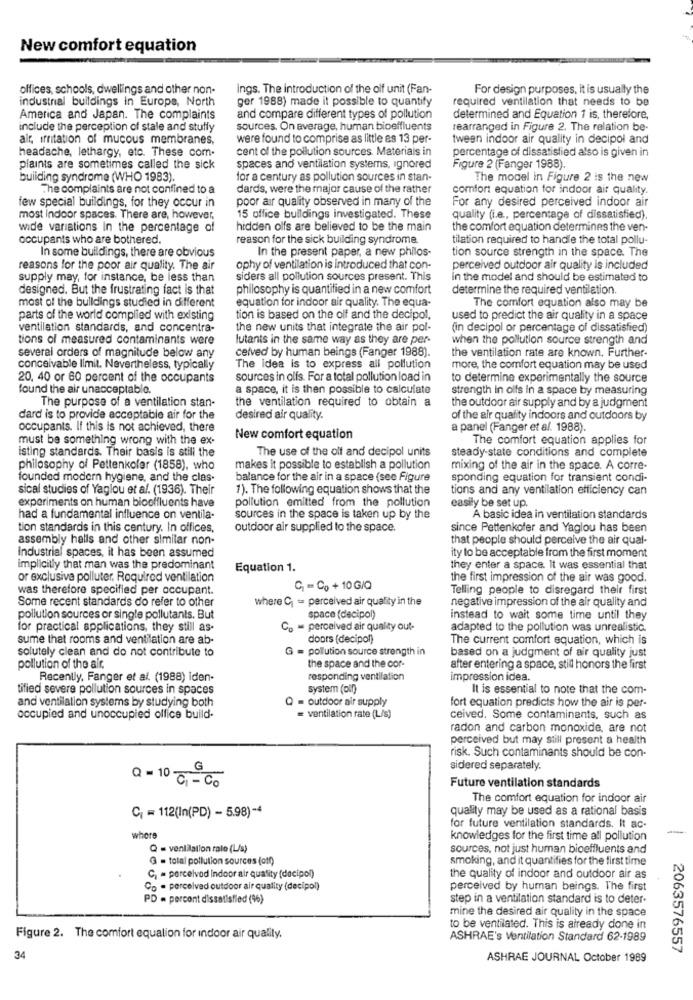
New comfort equation
offices, schools, dwellings and other non-
ings. The introduction of the olf unit (Fan-
For design purposes, it is usually the
industrial buildings in Europe, North
ger 1988) made it possible to quantify
required ventilation that needs to be
America and Japan. The complaints
and compare different types of pollution
determined and Equation 1 is, therefore,
include the perception of stale and stuffy
sources, On average, human bioeffluents
rearranged in Figure 2. The relation be-
air, irritation of mucous membranes,
were found to comprise as little es 13 per-
tween indoor air quality in decipol and
headache, lethargy, etc. These com.
cent of the pollution sources. Materiais in
percentage of dissatisfied also is given in
plaints are sometimes called the sick
spaces and ventilation systems, ignored
Figure 2 (Fanger 1988).
building syndrome (WHO 1983).
for a century as pollution sources in stan-
The model in Figure 2 is the new
The complaints are not confined to a
dards, were the major cause of the rather
comfort equation for indoor air quality.
poor air quality observed in many of the
For any desired perceived indoor air
few special buildings, for they occur in
most indoor spaces. There are, however,
15 office buildings investigated. These
quality (i.e ., percentage of dissatisfied).
wide variations In the percentage of
hidden olfs are believed to be the main
the comfort equation determines the ven-
occupants who are bothered.
reason for the sick building syndrome.
tilation required to handle the total pollu-
In the present paper, a new philos-
tion source strength in the space. The
In some buildings, there are obvious
reasons for the poor air quality. The air
ophy of ventilation is introduced that con-
perceived outdoor air quality is included
supply may, for instance, be less than
siders all pollution sources present. This
In the model and should be estimated to
designed. But the frustrating fact is that
philosophy is quantified in a new comfort
determine the required ventilation.
most of the buildings studied in different
equation for indoor air quality. The equa-
The comfort equation also may be
parts of the world complied with existing
tion is based on the olf and the decipol,
used to predict the air quality in a space
ventilation standards, and concentra-
the new units that integrate the air pol-
(in decipol or percentage of dissatisfied)
tions of measured contaminants were
lutants in the same way as they are per-
when the pollution source strength and
celved by human beings (Fanger 1988).
several orders of magnitude below any
the ventilation rate are known. Further-
conceivable limit. Nevertheless, typically
The idea is to express all pollution
more, the comfort equation may be used
20, 40 or 60 percent of the occupants
sources in olfs. For a total pollution load in
to determine experimentally the source
found the air unacceptable.
a space, it is then possible to calculate
strength in olfs in a space by measuring
The purpose of a ventilation stan-
the ventilation required to obtain a
the outdoor air supply and by a judgment
dard is to provide acceptable air for the
desired air quality.
of the air quality indoors and outdoors by
occupants. If this is not achieved, there
a panel (Fanger et al. 1988).
must be something wrong with the ex-
New comfort equation
The comfort equation applies for
isting standards. Their basis is still the
The use of the olf and decipol units
steady-state conditions and complete
philosophy of Pettenkoler (1858), who
makes it possible to establish a pollution
mixing of the air in the space. A corre-
founded modern hygiene, and the clas-
balance for the air in a space (see Figure
sponding equation for transient condi-
sical studies of Yaglou et al. (1936). Their
1). The following equation shows that the
tions and any ventilation efficiency can
pollution emitted from the pollution
experiments on human bioeffluents have
easily be set up.
had a fundamental influence on ventila-
sources in the space is taken up by the
A basic idea in ventilation standards
tion standards in this century. In offices,
outdoor air supplied to the space.
since Pettenkofer and Yaglou has been
assembly halls and other similar non-
that people should perceive the air qual-
Industrial spaces, it has been assumed
ity to be acceptable from the first moment
Implicitly that man was the predominant
Equation 1.
they enter a space. It was essential that
or exclusive polluter, Required ventilation
the first impression of the air was good.
was therefore specified per occupant.
CI = Co + 10 G/Q
Telling people to disregard their first
Some recent standards do refer to other
where C; == perceived air quality in the
negative impression of the air quality and
pollution sources or single pollutants. But
space (decipol)
instead to wait some time until they
for practical applications, they still as-
- perceived air quality out-
adapted to the pollution was unrealistic.
sume that rooms and ventilation are ab-
doors (decipol)
The current comfort equation, which is
solutely clean and do not contribute to
G = pollution source strength in
based on a judgment of air quality just
pollution of the air.
the space and the cor-
after entering a space, still honors the first
Recently, Fanger et al. (1988) iden-
responding ventilation
impression idea.
tified severe pollution sources in spaces
system (oin)
It is essential to note that the com-
and ventilation systems by studying both
- outdoor air supply
fort equation predicts how the air is per-
occupied and unoccupied ollice build-
= ventilation rate (L/s)
ceived. Some contaminants, such as
radon and carbon monoxide, are not
perceived but may still present a health
risk. Such contaminants should be con-
G
sidered separately.
Q= 10 01-00
Future ventilation standards
The comfort equation for indoor air
quality may be used as a rational basis
CI = 112(In(PD) - 5.98)-4
for future ventilation standards. It ac-
where
knowledges for the first time all pollution
Q = ventilation ralo (L/s)
sources, not just human bioeffluents and
G = total pollution sources (off)
smoking, and it quantifies for the first time
C. = porcelvod indoor air quality (dacipol)
the quality of indoor and outdoor air as
Co . perceived outdoor air quality (decipol)
perceived by human beings. The first
PD - percent dissatisfied (%)
step in a ventilation standard is to deter-
mine the desired air quality in the space
to be ventilated. This is already done in
Figure 2. The comfort equalion for indoor air quality.
ASHRAE's Ventilation Standard 62-1989
2063576557
34
ASHRAE JOURNAL October 1989